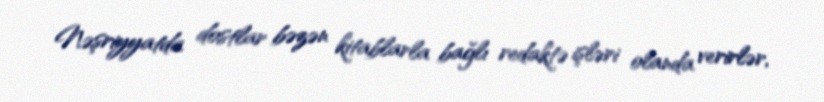
Nəşriyyatda dostlar bəzən kitablarla bağlı redaktə işləri olanda verirlər,